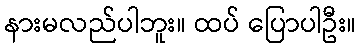
နားမလည်ပါဘူး။ ထပ် ပြောပါဦး။